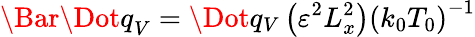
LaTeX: \Bar{\Dot{q}}_{V}=\Dot{q}_{V}\left(\varepsilon^{2}L_{x}^{2}\right)\left(k_{0}T_{0}\right)^{-1}